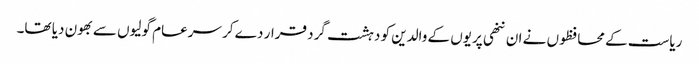
ریاست کے محافظوں نے ان ننھی پریوں کے والدین کو دہشت گرد قرار دے کر سرعام گولیوں سے بھون دیا تھا۔